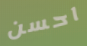
احسن